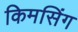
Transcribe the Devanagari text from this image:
किमसिंग